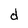
Character: d